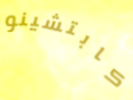
كابتشينو